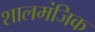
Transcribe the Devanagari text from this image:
शालमंजिक